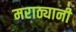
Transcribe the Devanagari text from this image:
मराठ्यानी